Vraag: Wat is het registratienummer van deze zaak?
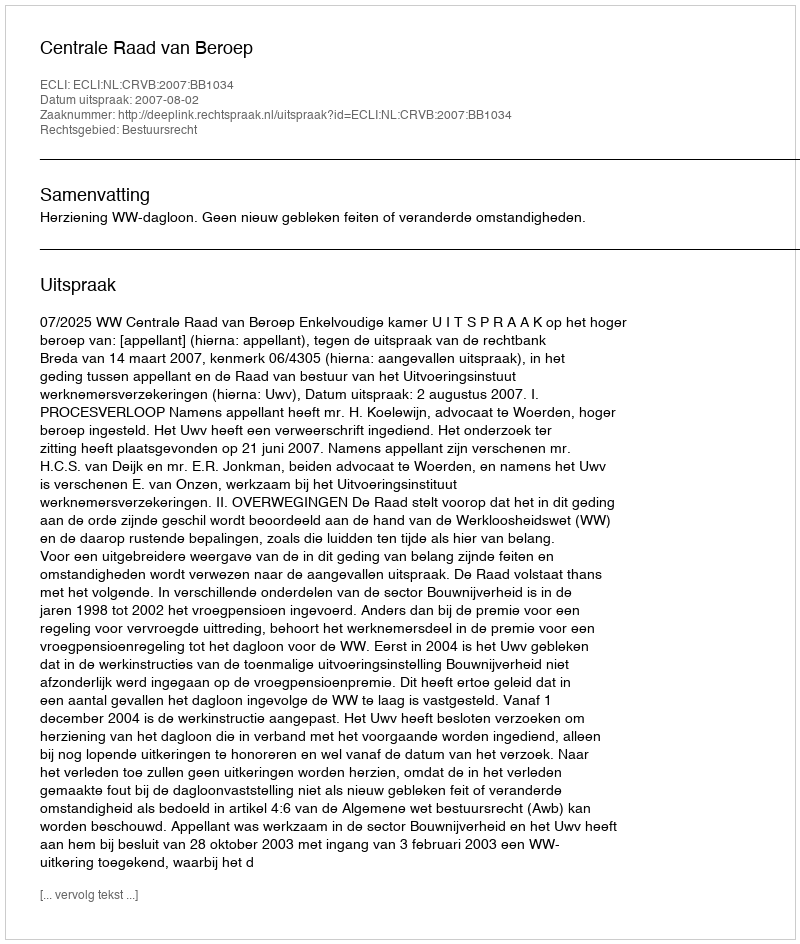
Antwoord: http://deeplink.rechtspraak.nl/uitspraak?id=ECLI:NL:CRVB:2007:BB1034